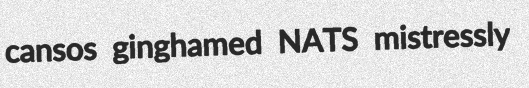
cansos ginghamed NATS mistressly